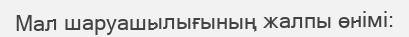
Мал шаруашылығының жалпы өнімі: